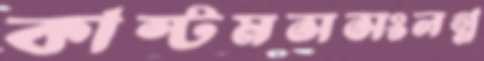
কাস্টমসসংলগ্ন